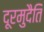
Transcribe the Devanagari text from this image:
दूरमुदैति